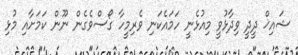
ޝައިޚް ދީދީ ވިދާޅުވީ މިއުޅެނީ ހަމައެކަނި ވެރިމީހާ ގޯސްވެގެން ނޫން ކަމަށާއި މުޅި